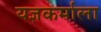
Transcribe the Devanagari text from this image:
यज्ञकर्माला